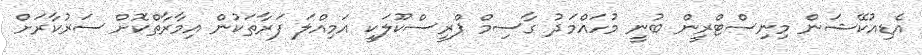
އެޑިއުކޭޝަން މިނިސްޓްރީން ބުނީ މުހައްމަދު ގާސިމް ޕްރީސްކޫލަކީ އަމިއްލަ ފަރާތަކުން އިމާރާތްކޮށް ސަރުކާރަށް